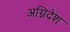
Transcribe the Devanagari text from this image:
अग्निदेश